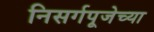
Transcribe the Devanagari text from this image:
निसर्गपूजेच्या